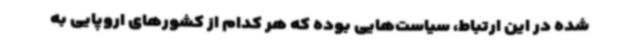
شده در این ارتباط، سیاست‌هایی بوده که هر کدام از کشورهای اروپایی به